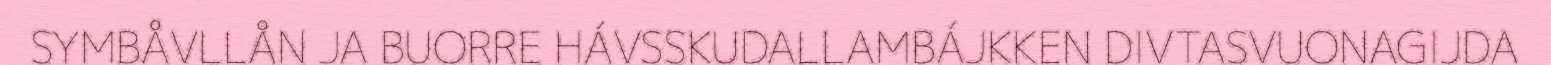
SYMBÅVLLÅN JA BUORRE HÁVSSKUDALLAMBÁJKKEN DIVTASVUONAGIJDA